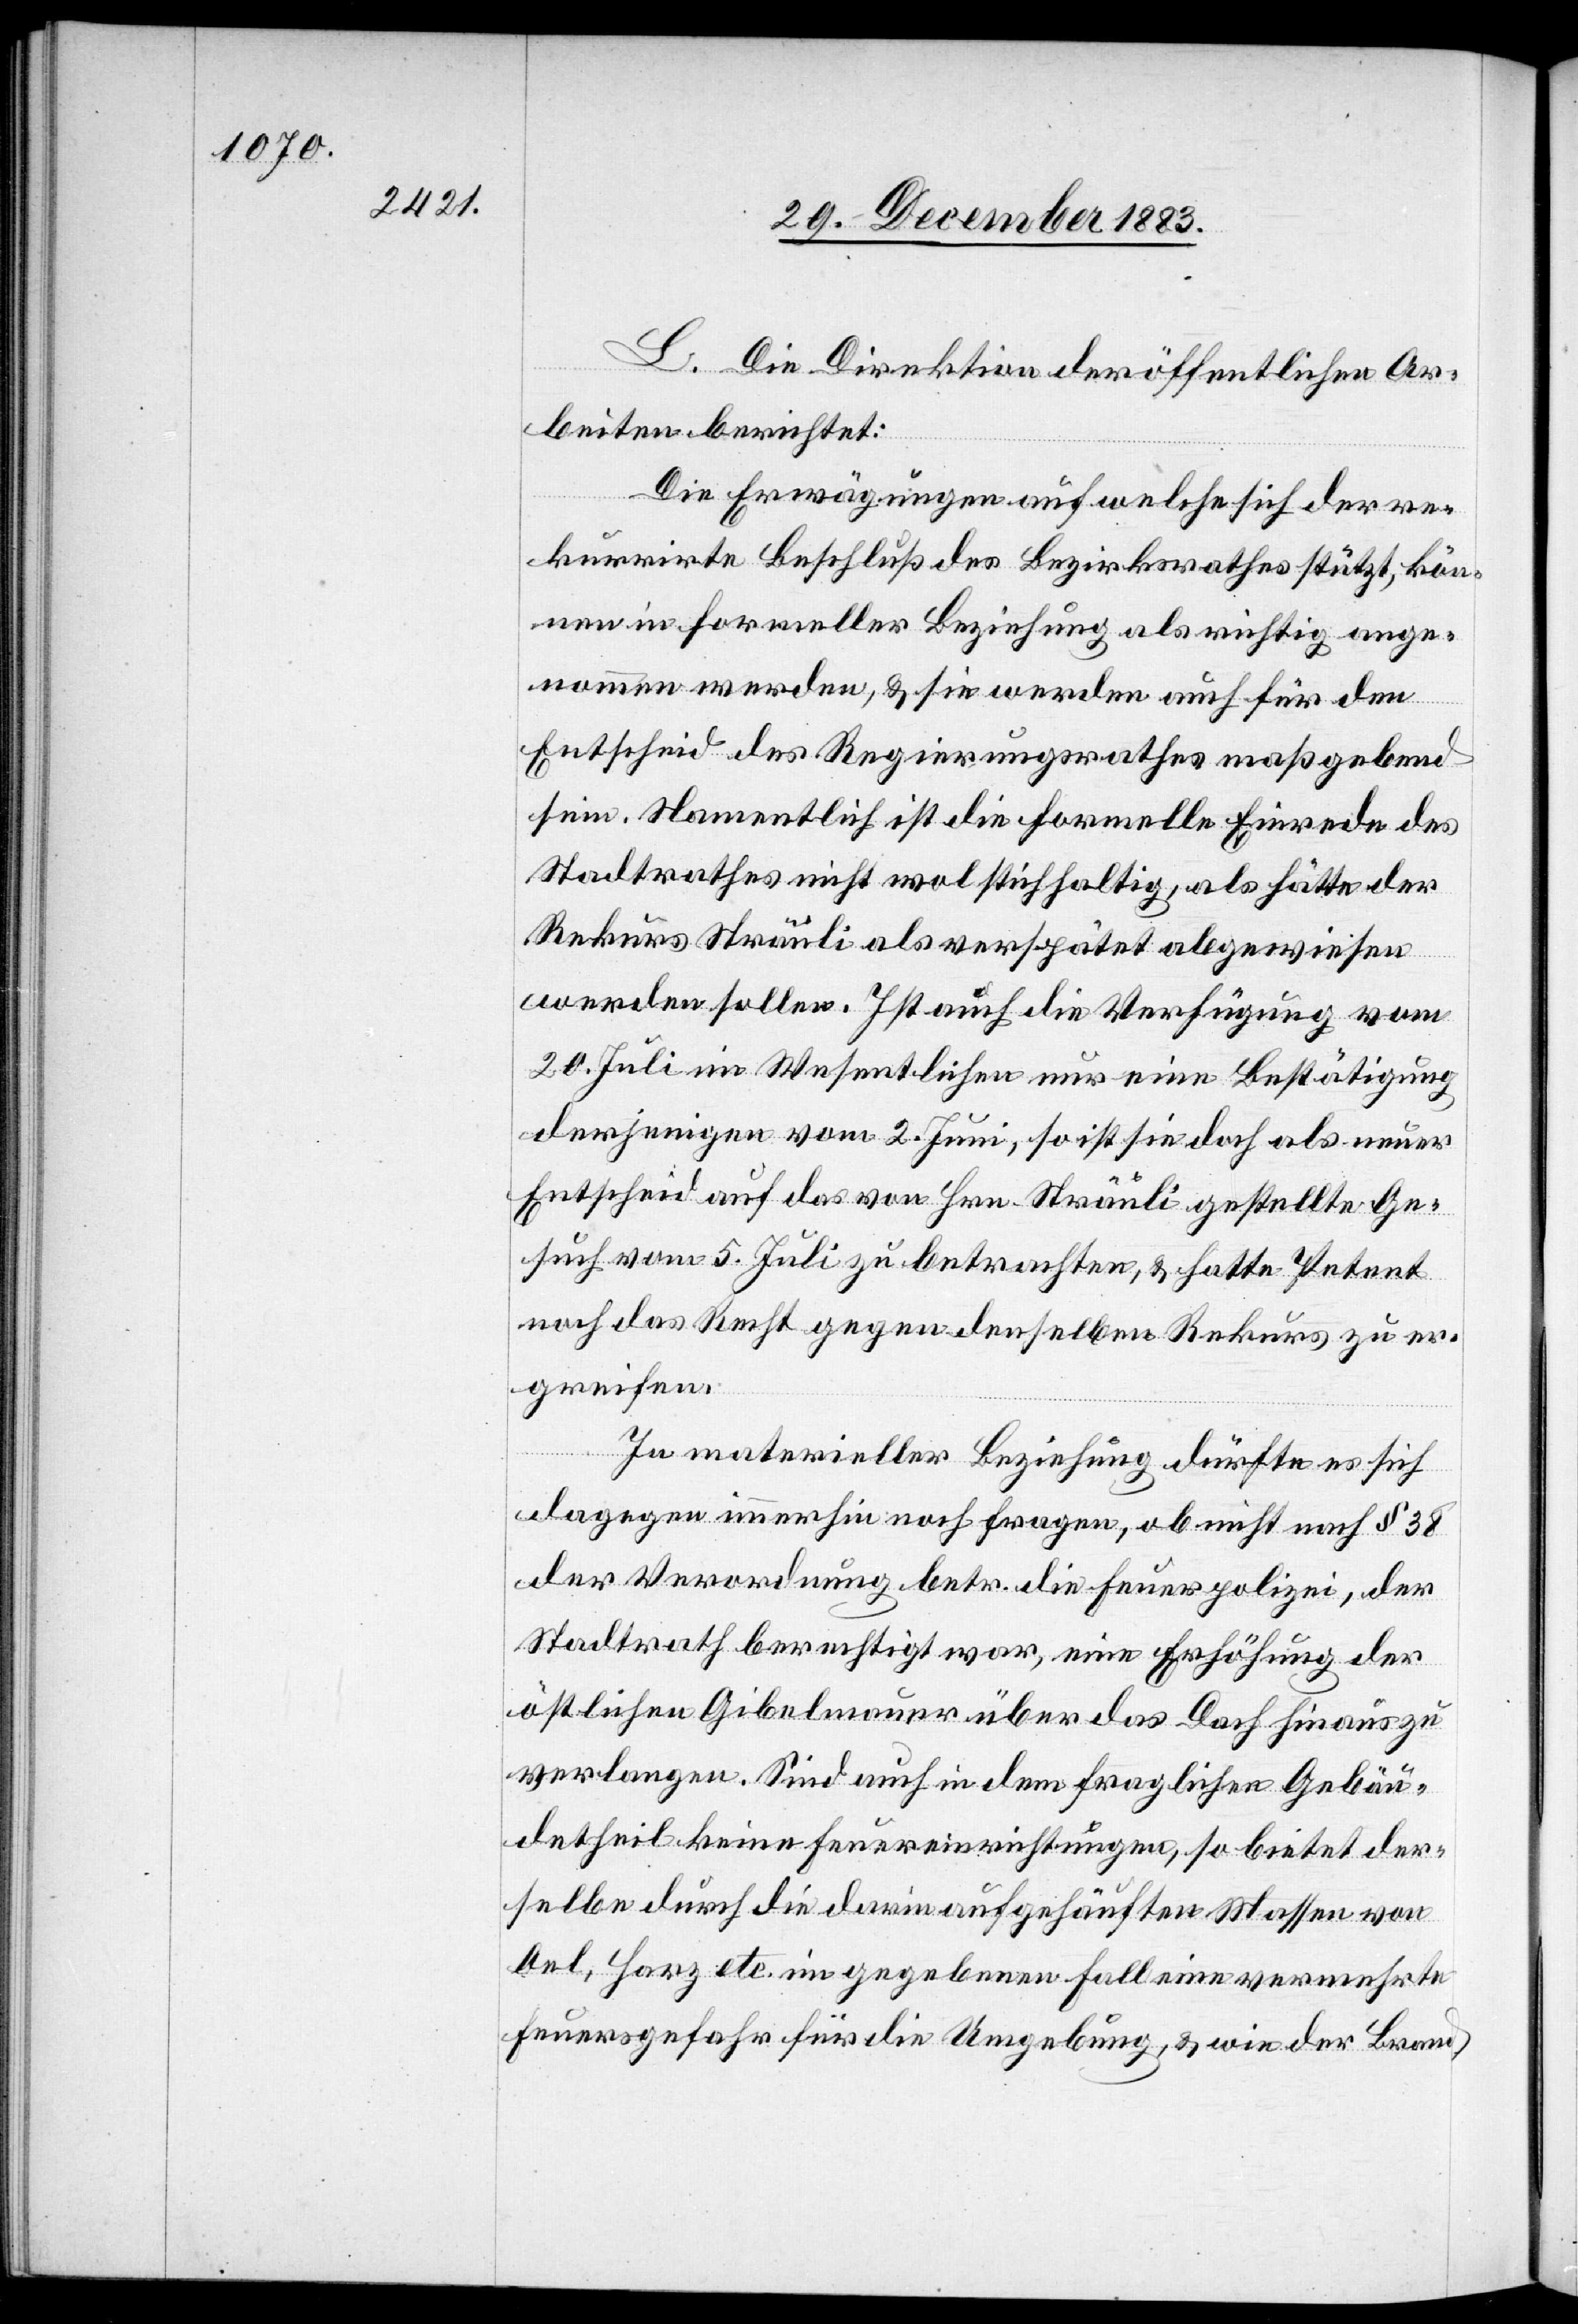
L. Die Direktion der öffentlichen Ar¬
beiten berichtet:
Die Erwägungen auf welche sich der re¬
kurrirte Beschluß des Bezirksrathes stützt, kön¬
nen in formeller Beziehung als richtig ange¬
nommen werden, & sie werden auch für den
Entscheid des Regierungsrathes maßgebend
sein. Namentlich ist die formelle Einrede des
Stadtrathes nicht wol stichhaltig, als hätte der
Rekurs Sträuli als verspätet abgewiesen
werden sollen. Ist auch die Verfügung vom
20. Juli im Wesentlichen nur eine Bestätigung
derjenigen vom 2. Juni, so ist sie doch als neuer
Entscheid auf das von Hrn. Sträuli gestellte Ge¬
such vom 5. Juli zu betrachten, & hatte Petent
noch das Recht gegen denselben Rekurs zu er¬
greifen.
In materieller Beziehung dürfte es sich
dagegen immerhin noch fragen, ob nicht nach § 38
der Verordnung betr. die Feuerpolizei, der
Stadtrath berechtigt war, eine Erhöhung der
östlichen Gibelmauer über das Dach hinaus zu
verlangen. Sind auch in dem fraglichen Gebäu¬
detheil keine Feuereinrichtungen, so bietet der¬
selbe durch die darin aufgehäuften Massen von
Oel, Harz etc. im gegebenen Fall eine vermehrte
Feuergefahr für die Umgebung, & wie der Brand